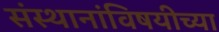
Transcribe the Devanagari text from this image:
संस्थानांविषयीच्या